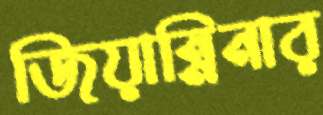
জিয়ান্নিনার